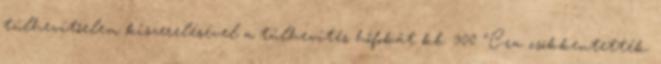
túlhevítőelem kiszerelésével a túlhevítés hőfokát kb. 300 °C-ra csökkentették.